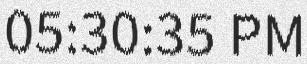
05:30:35 PM